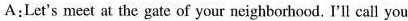
A:Let's meet at the gate of your neighborhood. I'll call you